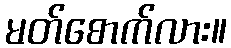
မတ်စောက်လား။